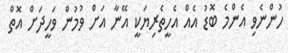
ހުންނެވި އެންމެ ބޮޑު އެއް އެހީތެރިޔަކީ އޭނާ އަށް ވުމުން ވަހީދަށް އޮތް